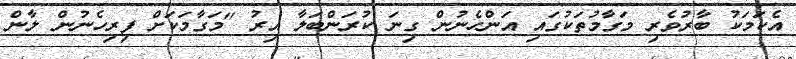
އެކަމަކު ބާރުވެރި މަގާމުތަކުގައި އަންހެނުން ގިނަ ކުރަންބަލާ އިރު "މަގާމަކަށް ފިރިހެނުން ލާން